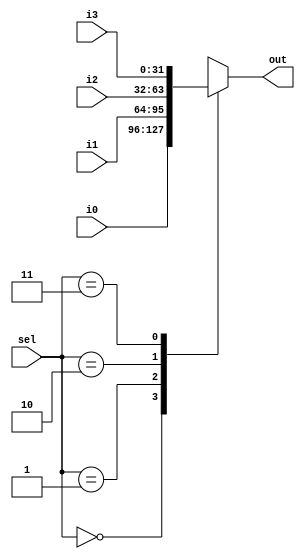
module mux4x1 #(parameter N = 32)(input [N-1:0] i0, i1, i2, i3, input [1:0] sel, output reg [N-1:0] out);
  
  always @ (*)
    case (sel)
      2'b00	:	out = i0;
      2'b01	:	out = i1;
      2'b10	:	out = i2;
      2'b11	:	out = i3;
      default:	out = i0;
    endcase
endmodule